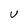
Character: U